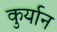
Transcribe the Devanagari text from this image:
कुर्यान